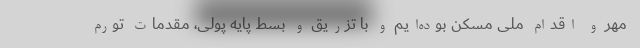
مهر و اقدام ملی مسکن بوده‌ایم و با تزریق و بسط پایه پولی، مقدمات تورم